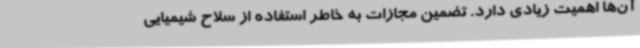
آن‌ها اهمیت زیادی دارد. تضمین مجازات به خاطر استفاده از سلاح شیمیایی